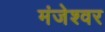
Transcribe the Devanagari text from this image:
मंजेश्वर